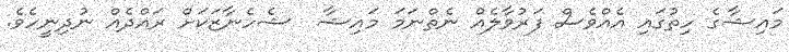
މައިޝާގެ ހިތުގައި އެއްވެސް ފަރުވާލެއް ނެތްނަމަ މައިޝާ  ޝެހެނާޒަކަށް ރައްދެއް ނުދިނީހެވެ.